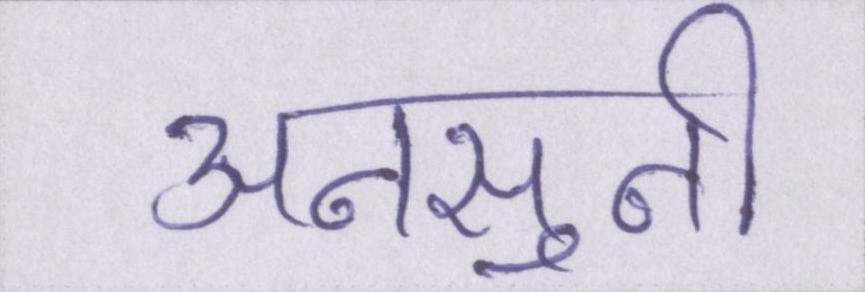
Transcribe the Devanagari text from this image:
अनसुनी